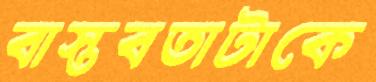
বাস্তবতাটাকে